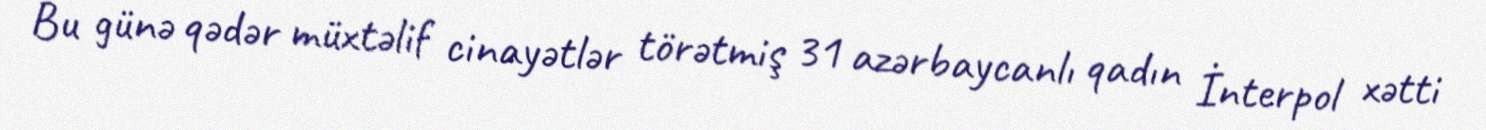
Bu günə qədər müxtəlif cinayətlər törətmiş 31 azərbaycanlı qadın İnterpol xətti